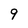
Character: 9